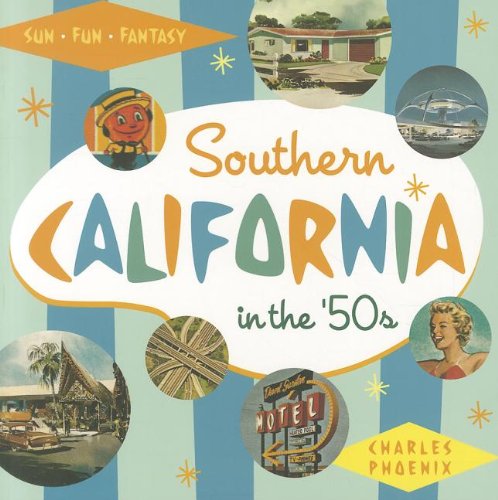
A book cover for Southern California in the '50s: Sun, Fun and Fantasy; Charles Phoenix; Arts & Photography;